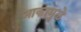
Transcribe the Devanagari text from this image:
नाकामुळे